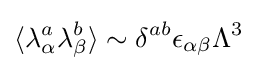
\langle \lambda _{\alpha }^{a}\lambda _{\beta }^{b}\rangle \sim \delta ^{ab}\epsilon _{\alpha \beta }\Lambda ^{3}